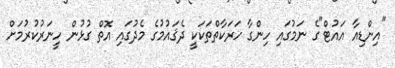
"އިންޑިއާ އައުޓް"ގެ ނަމުގައި ހިންގާ ހަރަކާތްތަކަކީ ދެޤައުމުގެ މެދުގައި އޮތް ގުޅުން ހީނަރުކުރުމަށް